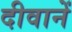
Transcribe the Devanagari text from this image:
दीवानें